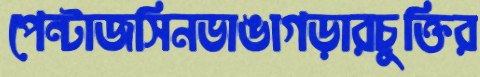
পেন্টাজসিনভাঙাগড়ারচুক্তির